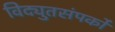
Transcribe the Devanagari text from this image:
विद्युतसंपर्कों